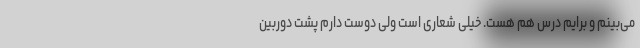
می‌بینم و برایم درس هم هست. خیلی شعاری است ولی دوست دارم پشت دوربین